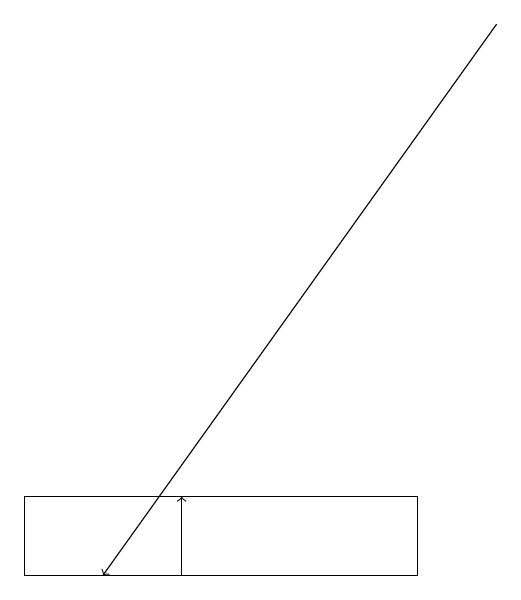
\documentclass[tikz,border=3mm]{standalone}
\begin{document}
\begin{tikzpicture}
\draw[->] (7,18) -- (2,11);
\draw[->] (3,11) -- (3,12);
\draw (6,11) rectangle (1,12);
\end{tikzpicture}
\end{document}